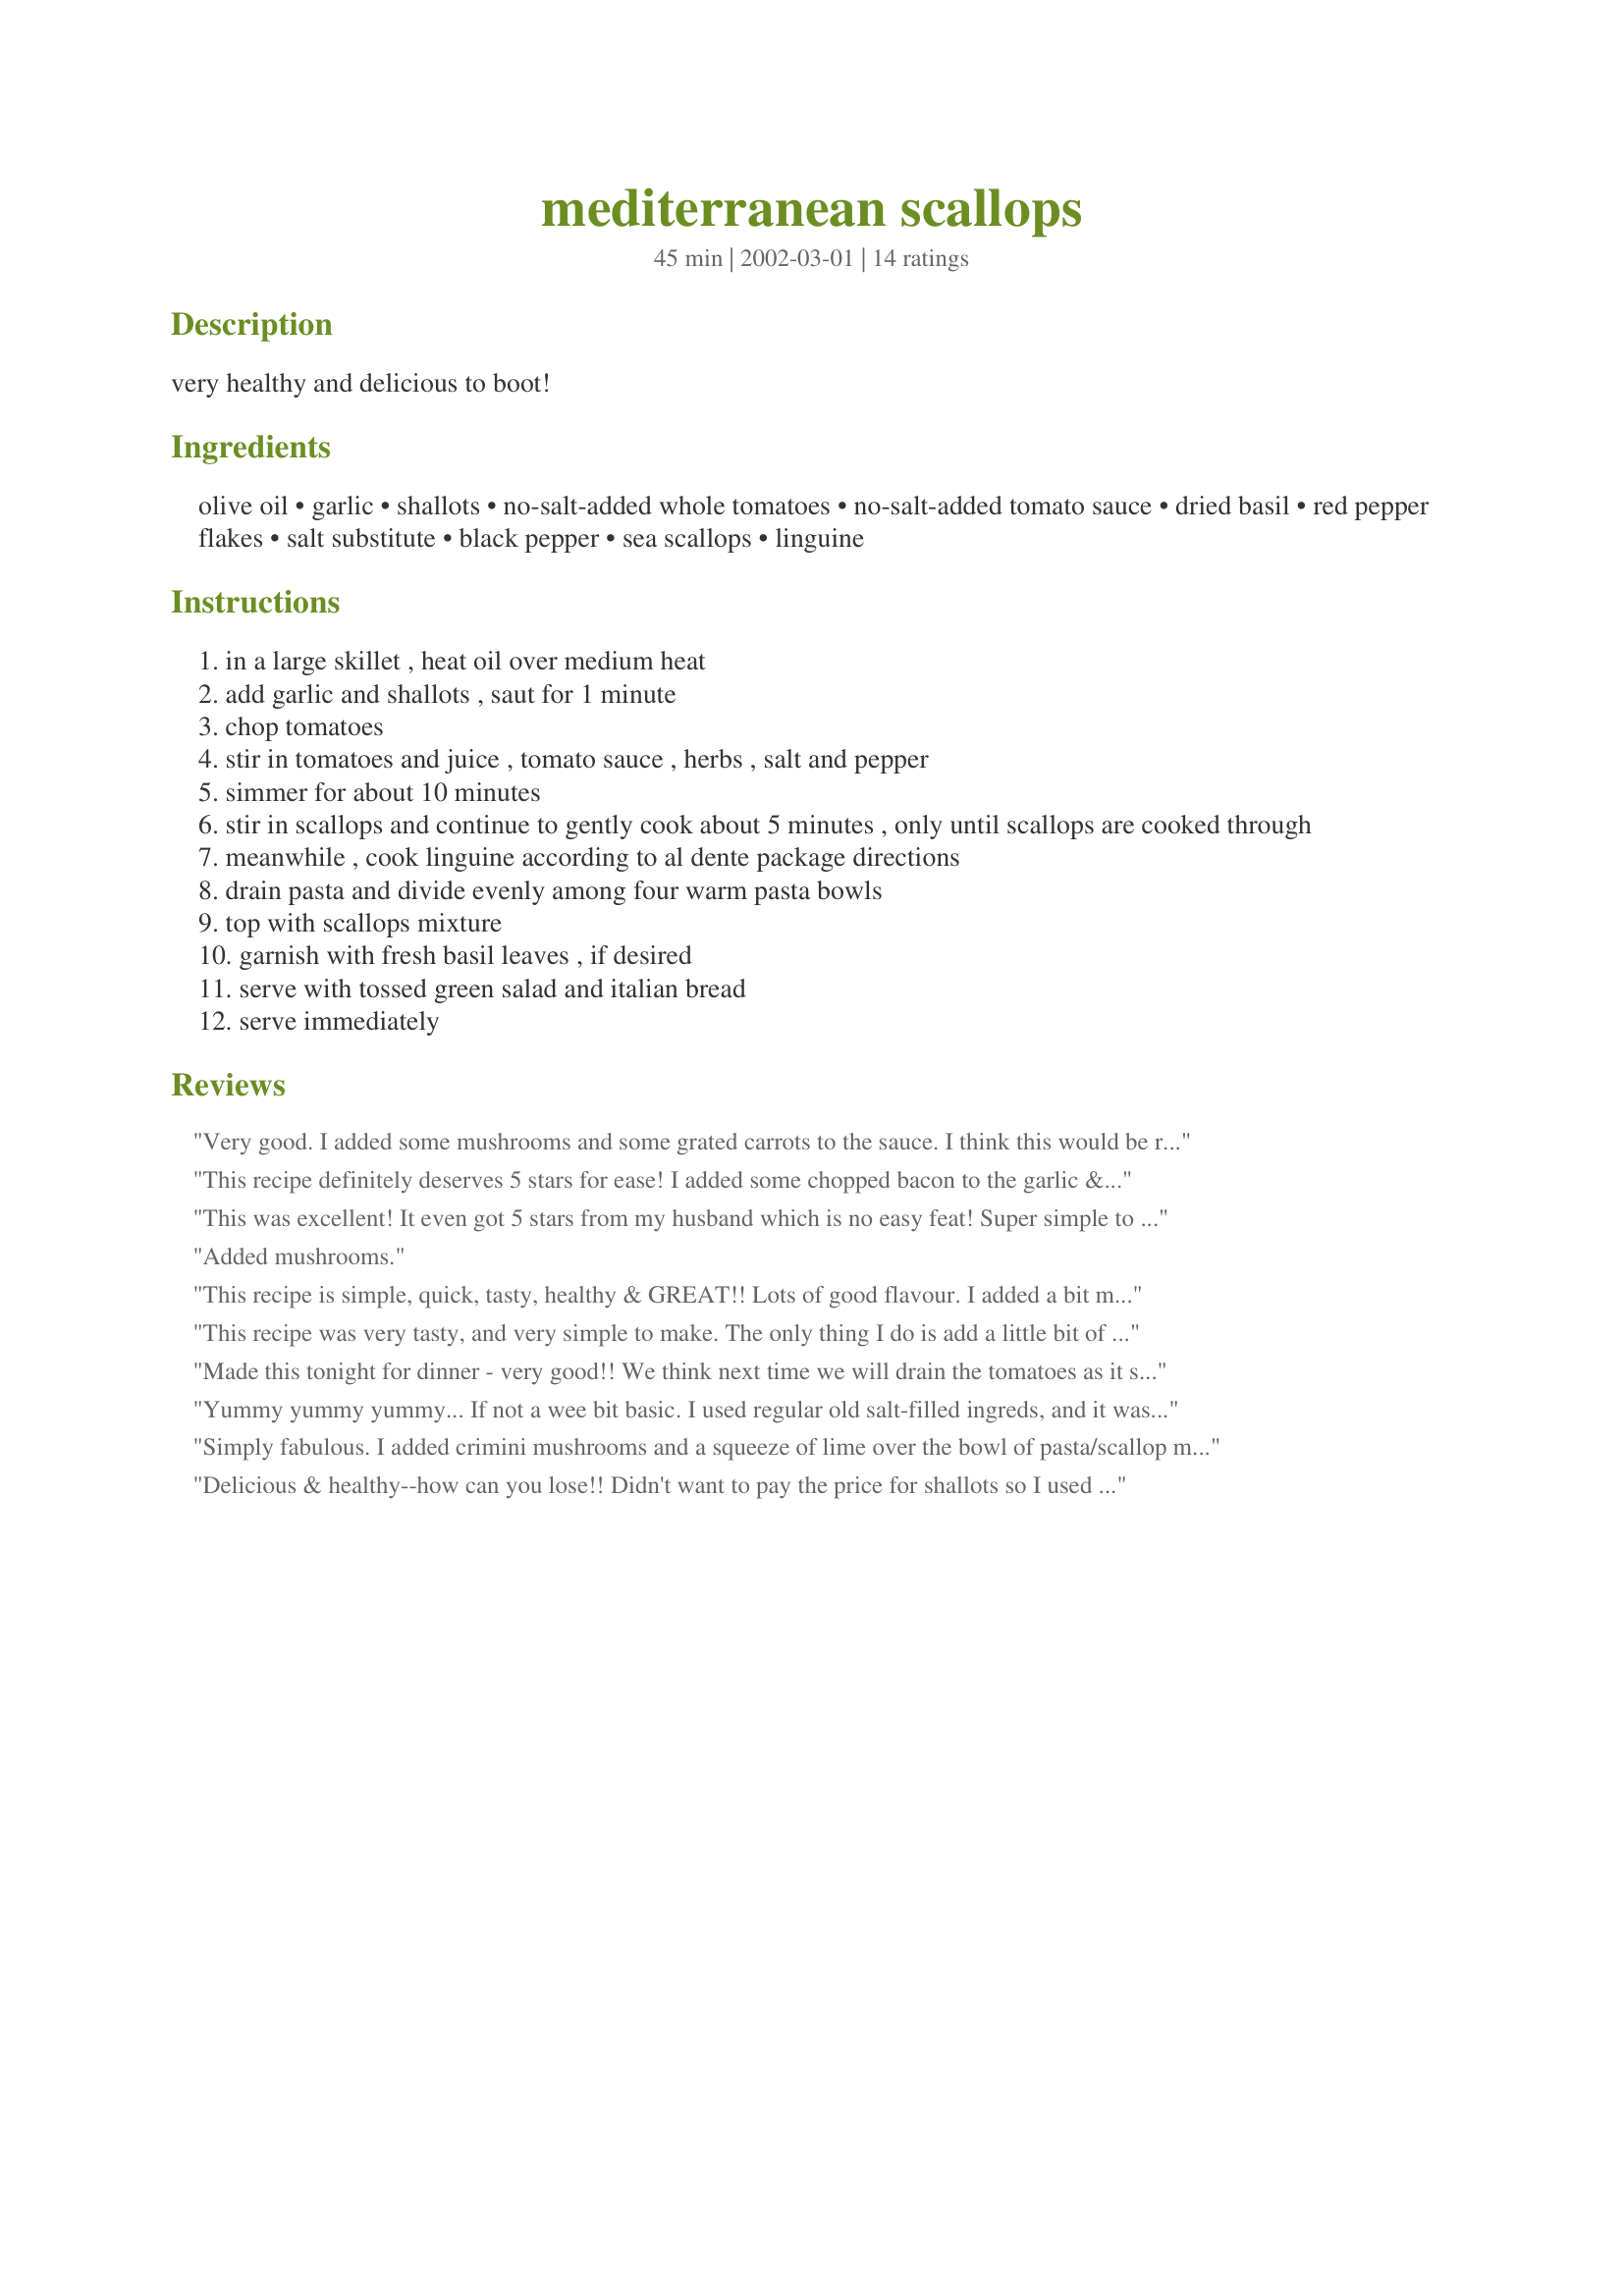
mediterranean scallops
Preparation time: 45 minutes

very healthy and delicious to boot!

Ingredients:
olive oil, garlic, shallots, no-salt-added whole tomatoes, no-salt-added tomato sauce, dried basil, red pepper flakes, salt substitute, black pepper, sea scallops, linguine

Steps:
in a large skillet , heat oil over medium heat
add garlic and shallots , saut for 1 minute
chop tomatoes
stir in tomatoes and juice , tomato sauce , herbs , salt and pepper
simmer for about 10 minutes
stir in scallops and continue to gently cook about 5 minutes , only until scallops are cooked through
meanwhile , cook linguine according to al dente package directions
drain pasta and divide evenly among four warm pasta bowls
top with scallops mixture
garnish with fresh basil leaves , if desired
serve with tossed green salad and italian bread
serve immediately

Reviews:
Very good. I added some mushrooms and some grated carrots to the sauce. I think this would be really good with a mix of shrimp and scallops. My DH says this is a repeater. Thanks for posting. I did use regular salt.
This recipe definitely deserves 5 stars for ease! I added some chopped bacon to the garlic & shallots, and followed the rest of the recipe exactly. Thank you so much for a wonderful post that I will certainly use many times!
This was excellent! It even got 5 stars from my husband which is no easy feat! Super simple to throw together on a busy night, or gourmet enough to serve to guests. I used diced tomatoes with garlic and onion in them, and for the tomato sauce I used one with basil and oregano in it. Otherwise I made as stated. The scallops just melt in your mouth! Next time I might try some of the additions others have mentioned in their reviews.
Added mushrooms.
This recipe is simple, quick, tasty, healthy & GREAT!! Lots of good flavour. I added a bit more red pepper flakes because I like things spicy. As good or better than anything you would find in a nice Italian restaurant.
This recipe was very tasty, and very simple to make. The only thing I do is add a little bit of corn starch to the scallop mixture to make it a bit creamier.
Made this tonight for dinner - very good!! We think next time we will drain the tomatoes as it seemed to make it a little watery. Maybe add some parmesean cheese...
Yummy yummy yummy... If not a wee bit basic. I used regular old salt-filled ingreds, and it was a hit with the fam. Good stuff!
Simply fabulous. I added crimini mushrooms and a squeeze of lime over the bowl of pasta/scallop mix. I wish I had some salad for it, but I enjoyed it with a piece of french bread and a glass of cabernet sauvignon. I also used bay scallops instead of sea scallops.
Delicious & healthy--how can you lose!! Didn't want to pay the price for shallots so I used the white of green onions. Also used the diced canned tomatoes and sauteed some fresh mushrooms as suggested by others. Fantastic Mille, thanks for sharing!
I added fresh mushrooms and shrimp. This dish tasted amazing, and it was very easy!!
We REALLY liked this!!!
This was delicious. I also added some mushrooms and cut back just a bit on the basil. My husband said it was every bit as good as anything you could get at an Italian restaurant!
nice simple fare with a great taste. I threw in a splash of white wine at the end and served it over whole wheat linguine with a grate of Reggiano on top. Really nice. Thanks Mille
